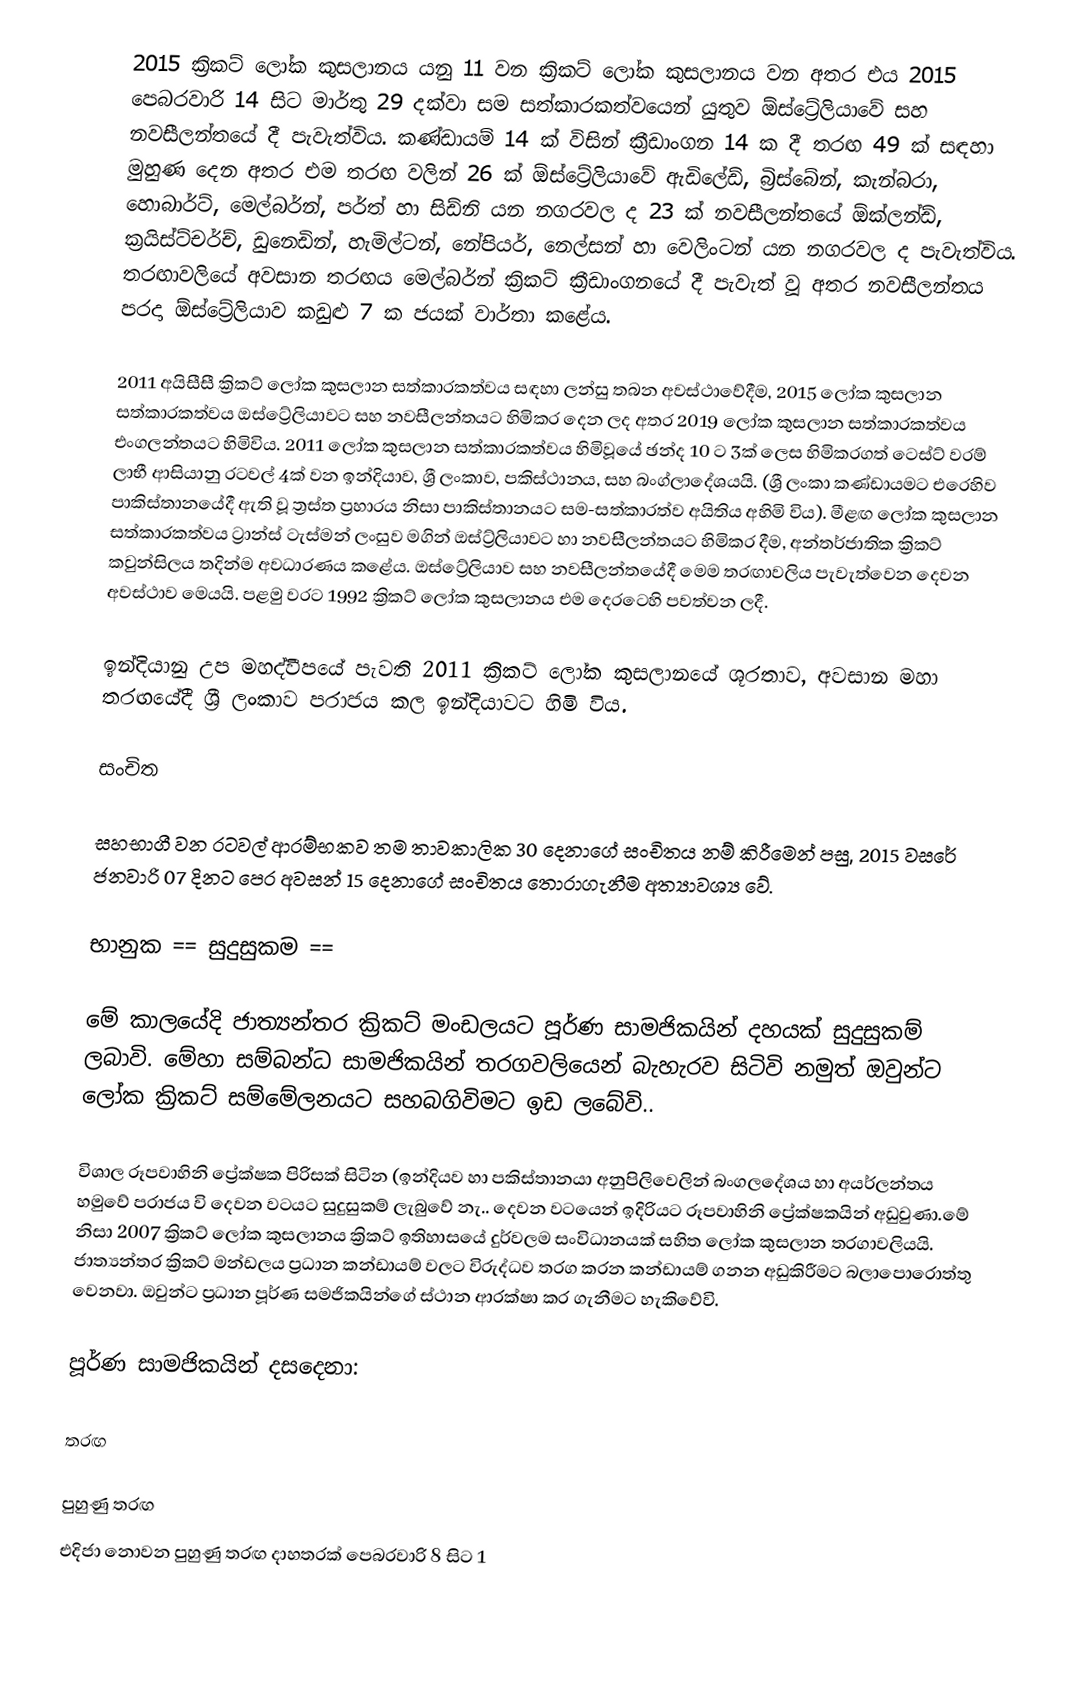
2015 ක්‍රිකට් ලෝක කුසලානය යනු 11 වන ක්‍රිකට් ලෝක කුසලානය වන අතර එය 2015 පෙබරවාරි 14 සිට මාර්තු 29 දක්වා සම සත්කාරකත්වයෙන් යුතුව ඕස්ට්‍රේලියාවේ සහ නවසීලන්තයේ දී පැවැත්විය. කණ්ඩායම් 14 ක් විසින් ක්‍රීඩාංගන 14 ක දී තරඟ 49 ක් සඳහා මුහුණ දෙන අතර එම තරඟ වලින් 26 ක් ඕස්ට්‍රේලියාවේ ඇඩිලේඩ්, බ්‍රිස්බේන්, කැන්බරා, හොබාර්ට්, මෙල්බර්න්, පර්ත් හා සිඩ්නි යන නගරවල ද 23 ක් නවසීලන්තයේ ඕක්ලන්ඩ්, ක්‍රයිස්ට්චර්ච්, ඩුනෙඩින්, හැමිල්ටන්, නේපියර්, නෙල්සන් හා වෙලිංටන් යන නගරවල ද පැවැත්විය. තරඟාවලියේ අවසාන තරඟය මෙල්බර්න් ක්‍රිකට් ක්‍රීඩාංගනයේ දී පැවැත් වූ අතර නවසීලන්තය පරදා ඕස්ට්‍රේලියාව කඩුළු 7 ක ජයක් වාර්තා කළේය.

2011 අයිසීසී ක්‍රිකට් ලෝක කුසලාන සත්කාරකත්වය සඳහා ලන්සු තබන අවස්ථාවේදීම, 2015 ලෝක කුසලාන සත්කාරකත්වය ඔස්ට්‍රේලියාවට සහ නවසීලන්තයට හිමිකර දෙන ලද අතර 2019 ලෝක කුසලාන සත්කාරකත්වය එංගලන්තයට හිමිවිය. 2011 ලෝක කුසලාන සත්කාරකත්වය හිමිවූයේ ඡන්ද 10 ට 3ක් ලෙස හිමිකරගත් ටෙස්ට් වරම් ලාභී ආසියානු රටවල් 4ක් වන ඉන්දියාව, ශ්‍රී ලංකාව, පකිස්ථානය, සහ බංග්ලාදේශයයි. (ශ්‍රී ලංකා කණ්ඩායමට එරෙහිව පාකිස්තානයේදී ඇති වූ ත්‍රස්ත ප්‍රහාරය නිසා පාකිස්තානයට සම-සත්කාරත්ව අයිතිය අහිමි විය). මීළඟ ලෝක කුසලාන සත්කාරකත්වය ට්‍රාන්ස් ටැස්මන් ලංසුව මගින් ඔස්ට්‍ර්ලියාවට හා නවසීලන්තයට හිමිකර දීම, අන්තර්ජාතික ක්‍රිකට් කවුන්සිලය තදින්ම අවධාරණය කළේය. ඔස්ට්‍රේලියාව සහ නවසීලන්තයේදී මෙම තරඟාවලිය පැවැත්වෙන දෙවන අවස්ථාව මෙයයි. පළමු වරට 1992 ක්‍රිකට් ලෝක කුසලානය එම දෙරටෙහි පවත්වන ලදී.

ඉන්දියානු උප මහද්වීපයේ පැවති 2011 ක්‍රිකට් ලෝක කුසලානයේ ශූරතාව, අවසාන මහා තරඟයේදී ශ්‍රී ලංකාව පරාජය කල ඉන්දියාවට හිමි විය.

සංචිත

සහභාගී වන රටවල් ආරම්භකව තම තාවකාලික 30 දෙනාගේ සංචිතය නම් කිරීමෙන් පසු, 2015 වසරේ ජනවාරි 07 දිනට පෙර අවසන් 15 දෙනාගේ සංචිතය තොරාගැනීම අත්‍යාවශ්‍ය වේ.

භානුක       == සුදුසුකම ==

මේ කාලයේදි ජාත්‍යන්තර ක්‍රිකට් මංඩලයට පූර්ණ සාමජිකයින් දහයක් සුදුසුකම් ලබාවි. මේහා සම්බන්ධ සාමජිකයින් තරගවලියෙන් බැහැරව සිටිවි නමුත් ඔවුන්ට ලෝක ක්‍රිකට් සම්මේලනයට සහබගිවිමට ඉඩ ලබේවි..

විශාල රූපවාහිනි ප්‍රේක්ෂක පිරිසක් සිටින (ඉන්දියව හා පකිස්තානයා අනුපිලිවෙලින් බංගලදේශය හා අයර්ලන්තය හමුවේ පරාජය වි දෙවන වටයට සුදුසුකම් ලැබුවේ නැ.. දෙවන වටයෙන් ඉදිරියට රූපවාහිනි ප්‍රේක්ෂකයින් අඩුවුණා.මේ නිසා 2007 ක්‍රිකට් ලෝක කුසලානය ක්‍රිකට් ඉතිහාසයේ දුර්වලම සංවිධානයක් සහිත ලෝක කුසලාන තරගාවලියයි. ජාත්‍යන්තර ක්‍රිකට් මන්ඩලය ප්‍රධාන කන්ඩායම් වලට විරුද්ධව තරග කරන කන්ඩායම් ගනන අඩුකිරීමට බලාපොරොත්තු වෙනවා. ඔවුන්ට ප්‍රධාන පූර්ණ සමජිකයින්ගේ ස්ථාන ආරක්ෂා කර ගැනීමට හැකිවේවි.

පූර්ණ සාමජිකයින් දසදෙනා:

තරඟ

පුහුණු තරඟ
එදිජා නොවන පුහුණු තරඟ දාහතරක් පෙබරවාරි 8 සිට 1